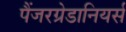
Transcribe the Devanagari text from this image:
पैंजरग्रेडानियर्स